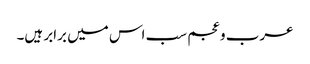
عرب و عجم سب اس میں برابر ہیں۔